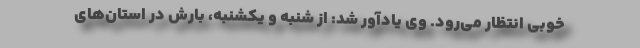
خوبی انتظار می‌رود. وی یادآور شد: از شنبه و یکشنبه، بارش در استان‌های